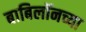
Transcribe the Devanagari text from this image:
बाबिलॉनच्या